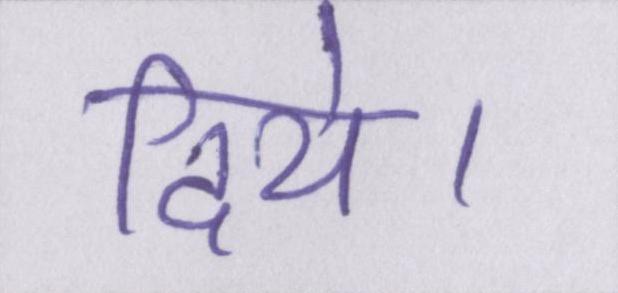
दिये।